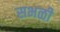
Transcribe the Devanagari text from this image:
सभळी